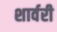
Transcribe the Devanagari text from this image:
शार्वरी